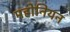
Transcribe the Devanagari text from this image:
महोनियन